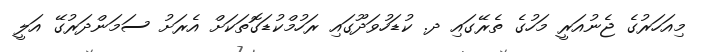
މިއަހަރުގެ ޖެނުއަރީ މަހުގެ ތެރޭގައި ދ. ކުޑަހުވަދޫގައި ރަހުމްކުޑަގޮތަކަށް އެރަށު ސަމަންދަރުގޭ އަލީ